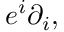
e ^ { i } \partial _ { i } ,